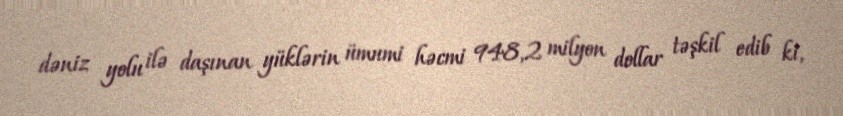
dəniz yolu ilə daşınan yüklərin ümumi həcmi 948,2 milyon dollar təşkil edib ki,